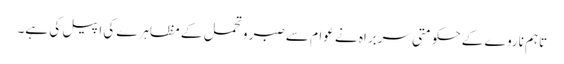
تاہم ناروے کے حکومتی سربراہ نے عوام سے صبر و تحمل کے مظاہرے کی اپیل کی ہے۔